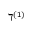
\daleth ^ { ( 1 ) }